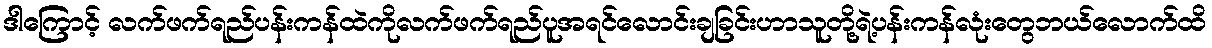
ဒါကြောင့် လက်ဖက်ရည်ပန်းကန်ထဲကိုလက်ဖက်ရည်ပူအရင်လောင်းချခြင်းဟာသူတို့ရဲ့ပန်းကန်လုံးတွေဘယ်လောက်ထိ